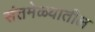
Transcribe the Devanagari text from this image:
संतमेळ्यातील